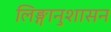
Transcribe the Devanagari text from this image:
लिङ्गानुशासन